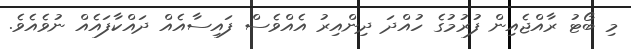
މި ބޯޓު ރާއްޖެއިން ފުރުމުގެ ހުއްދަ ދިންއިރު އެއްވެސް ފައިސާއެއް ދައްކާފައެއް ނުވެއެވެ.